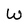
Character: W